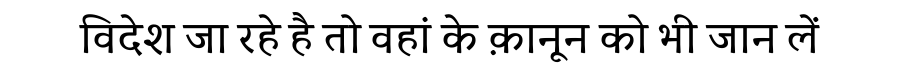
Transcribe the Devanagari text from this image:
विदेश जा रहे है तो वहां के क़ानून को भी जान लें